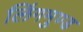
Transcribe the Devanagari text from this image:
लिंगमुण्ड